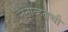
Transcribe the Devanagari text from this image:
नुनाव्हुतची